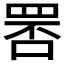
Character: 𦊾